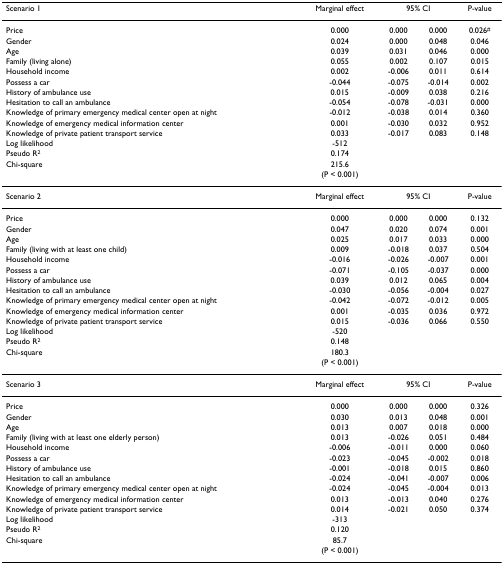
<table><thead><tr><td><b>Scenario 1</b></td><td><b>Marginal effect</b></td><td colspan="2"><b>95% CI</b></td><td><b>P-value</b></td></tr></thead><tbody><tr><td>Price</td><td>0.000</td><td>0.000</td><td>0.000</td><td>0.026<sup>#</sup></td></tr><tr><td>Gender</td><td>0.024</td><td>0.000</td><td>0.048</td><td>0.046</td></tr><tr><td>Age</td><td>0.039</td><td>0.031</td><td>0.046</td><td>0.000</td></tr><tr><td>Family (living alone)</td><td>0.055</td><td>0.002</td><td>0.107</td><td>0.015</td></tr><tr><td>Household income</td><td>0.002</td><td>-0.006</td><td>0.011</td><td>0.614</td></tr><tr><td>Possess a car</td><td>-0.044</td><td>-0.075</td><td>-0.014</td><td>0.002</td></tr><tr><td>History of ambulance use</td><td>0.015</td><td>-0.009</td><td>0.038</td><td>0.216</td></tr><tr><td>Hesitation to call an ambulance</td><td>-0.054</td><td>-0.078</td><td>-0.031</td><td>0.000</td></tr><tr><td>Knowledge of primary emergency medical center open at night</td><td>-0.012</td><td>-0.038</td><td>0.014</td><td>0.360</td></tr><tr><td>Knowledge of emergency medical information center</td><td>0.001</td><td>-0.030</td><td>0.032</td><td>0.952</td></tr><tr><td>Knowledge of private patient transport service</td><td>0.033</td><td>-0.017</td><td>0.083</td><td>0.148</td></tr><tr><td>Log likelihood</td><td>-512</td><td></td><td></td><td></td></tr><tr><td>Pseudo R<sup>2</sup></td><td>0.174</td><td></td><td></td><td></td></tr><tr><td>Chi-square</td><td>215.6</td><td></td><td></td><td></td></tr><tr><td></td><td>(P &lt; 0.001)</td><td></td><td></td><td></td></tr><tr><td>Scenario 2</td><td>Marginal effect</td><td colspan="2">95% CI</td><td>P-value</td></tr><tr><td>Price</td><td>0.000</td><td>0.000</td><td>0.000</td><td>0.132</td></tr><tr><td>Gender</td><td>0.047</td><td>0.020</td><td>0.074</td><td>0.001</td></tr><tr><td>Age</td><td>0.025</td><td>0.017</td><td>0.033</td><td>0.000</td></tr><tr><td>Family (living with at least one child)</td><td>0.009</td><td>-0.018</td><td>0.037</td><td>0.504</td></tr><tr><td>Household income</td><td>-0.016</td><td>-0.026</td><td>-0.007</td><td>0.001</td></tr><tr><td>Possess a car</td><td>-0.071</td><td>-0.105</td><td>-0.037</td><td>0.000</td></tr><tr><td>History of ambulance use</td><td>0.039</td><td>0.012</td><td>0.065</td><td>0.004</td></tr><tr><td>Hesitation to call an ambulance</td><td>-0.030</td><td>-0.056</td><td>-0.004</td><td>0.027</td></tr><tr><td>Knowledge of primary emergency medical center open at night</td><td>-0.042</td><td>-0.072</td><td>-0.012</td><td>0.005</td></tr><tr><td>Knowledge of emergency medical information center</td><td>0.001</td><td>-0.035</td><td>0.036</td><td>0.972</td></tr><tr><td>Knowledge of private patient transport service</td><td>0.015</td><td>-0.036</td><td>0.066</td><td>0.550</td></tr><tr><td>Log likelihood</td><td>-520</td><td></td><td></td><td></td></tr><tr><td>Pseudo R<sup>2</sup></td><td>0.148</td><td></td><td></td><td></td></tr><tr><td>Chi-square</td><td>180.3</td><td></td><td></td><td></td></tr><tr><td></td><td>(P &lt; 0.001)</td><td></td><td></td><td></td></tr><tr><td>Scenario 3</td><td>Marginal effect</td><td colspan="2">95% CI</td><td>P-value</td></tr><tr><td>Price</td><td>0.000</td><td>0.000</td><td>0.000</td><td>0.326</td></tr><tr><td>Gender</td><td>0.030</td><td>0.013</td><td>0.048</td><td>0.001</td></tr><tr><td>Age</td><td>0.013</td><td>0.007</td><td>0.018</td><td>0.000</td></tr><tr><td>Family (living with at least one elderly person)</td><td>0.013</td><td>-0.026</td><td>0.051</td><td>0.484</td></tr><tr><td>Household income</td><td>-0.006</td><td>-0.011</td><td>0.000</td><td>0.060</td></tr><tr><td>Possess a car</td><td>-0.023</td><td>-0.045</td><td>-0.002</td><td>0.018</td></tr><tr><td>History of ambulance use</td><td>-0.001</td><td>-0.018</td><td>0.015</td><td>0.860</td></tr><tr><td>Hesitation to call an ambulance</td><td>-0.024</td><td>-0.041</td><td>-0.007</td><td>0.006</td></tr><tr><td>Knowledge of primary emergency medical center open at night</td><td>-0.024</td><td>-0.045</td><td>-0.004</td><td>0.013</td></tr><tr><td>Knowledge of emergency medical information center</td><td>0.013</td><td>-0.013</td><td>0.040</td><td>0.276</td></tr><tr><td>Knowledge of private patient transport service</td><td>0.014</td><td>-0.021</td><td>0.050</td><td>0.374</td></tr><tr><td>Log likelihood</td><td>-313</td><td></td><td></td><td></td></tr><tr><td>Pseudo R<sup>2</sup></td><td>0.120</td><td></td><td></td><td></td></tr><tr><td>Chi-square</td><td>85.7</td><td></td><td></td><td></td></tr><tr><td></td><td>(P &lt; 0.001)</td><td></td><td></td><td></td></tr></tbody></table>